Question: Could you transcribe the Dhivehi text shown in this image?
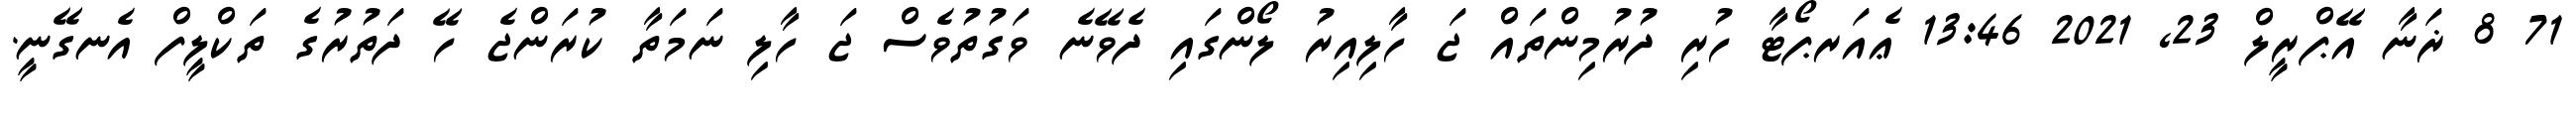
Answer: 71 8 ޜަނާ އޭޕްރީލް 23, 2021 13:46 ޢެއަރޕޯޓާ ހުރި ދުރުމިންތައް ޖަ ހާލިއިރު ލޯންގައި ދެވޭނެ ވަގުތުވެސް ޖަ ހާލި ނަމަތާ ކުރަންޖެ ހޭ ދަތުރުގެ ތަކްލީފް އެނގޭނީ.